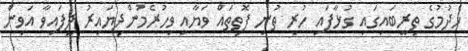
ހެދުމުގެ ތިރީބައިގައި ގުޅާފައި ހުރި ތުނި ފޮތިތައް ވަޔާއި ވިހުރެމުންދިޔައިރު ދީފައިވާ އަވިން